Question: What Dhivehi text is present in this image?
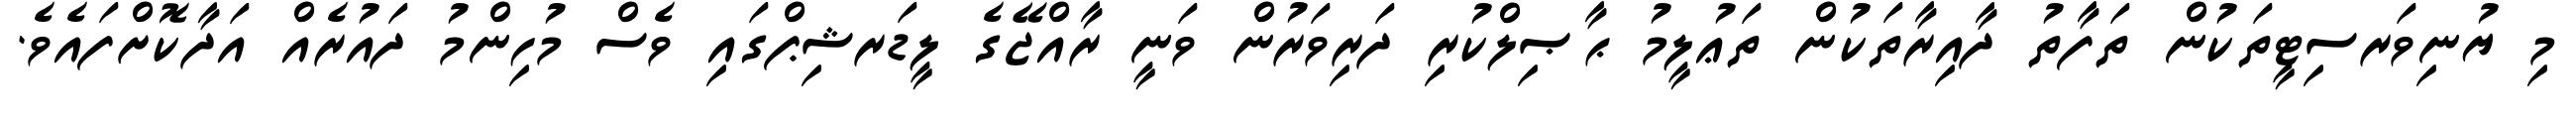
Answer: މި ޔުނިވަރސިޓީތަކުން ތަފާތު ދާއިރާތަކުން ތަޢުލީމު ޙާޞިލްކުރި ދަރިވަރުން ވަނީ ރާއްޖޭގެ ލީޑަރޝިޕްގައި ވެސް މުހިންމު ދައުރެއް އަދާކޮށްފައެވެ.